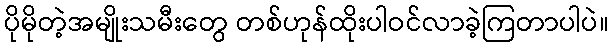
ပိုမိုတဲ့အမျိုးသမီးတွေ တစ်ဟုန်ထိုးပါဝင်လာခဲ့ကြတာပါပဲ။